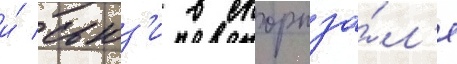
и́ сьюз'и в спортза́л'е